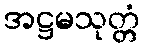
အဋ္ဌမသုတ္တံ